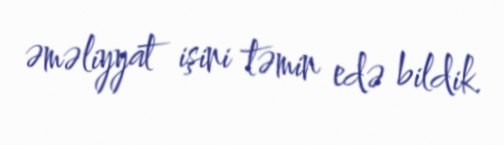
əməliyyat işini təmin edə bildik.